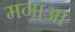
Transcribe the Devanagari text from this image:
मनाआ